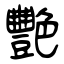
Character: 艷